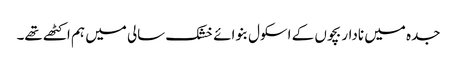
جدہ میں نادار بچوں کے اسکول بنوائے خشک سالی میں ہم اکٹھے تھے۔